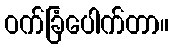
ဝက်ခြံပေါက်တာ။